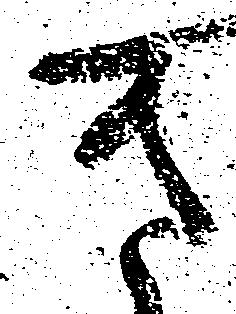
き